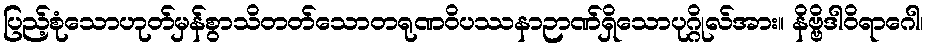
ပြည့်စုံသောဟုတ်မှန်စွာသိတတ်သောတရုဏဝိပဿနာဉာဏ်ရှိသောပုဂ္ဂိုလ်အား။ နိဗ္ဗိဒါဝိရာဂေါ၊